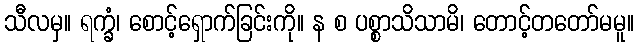
သီလမှ။ ရက္ခံ၊ စောင့်ရှောက်ခြင်းကို။ န စ ပစ္စာသိသာမိ၊ တောင့်တတော်မမူ။